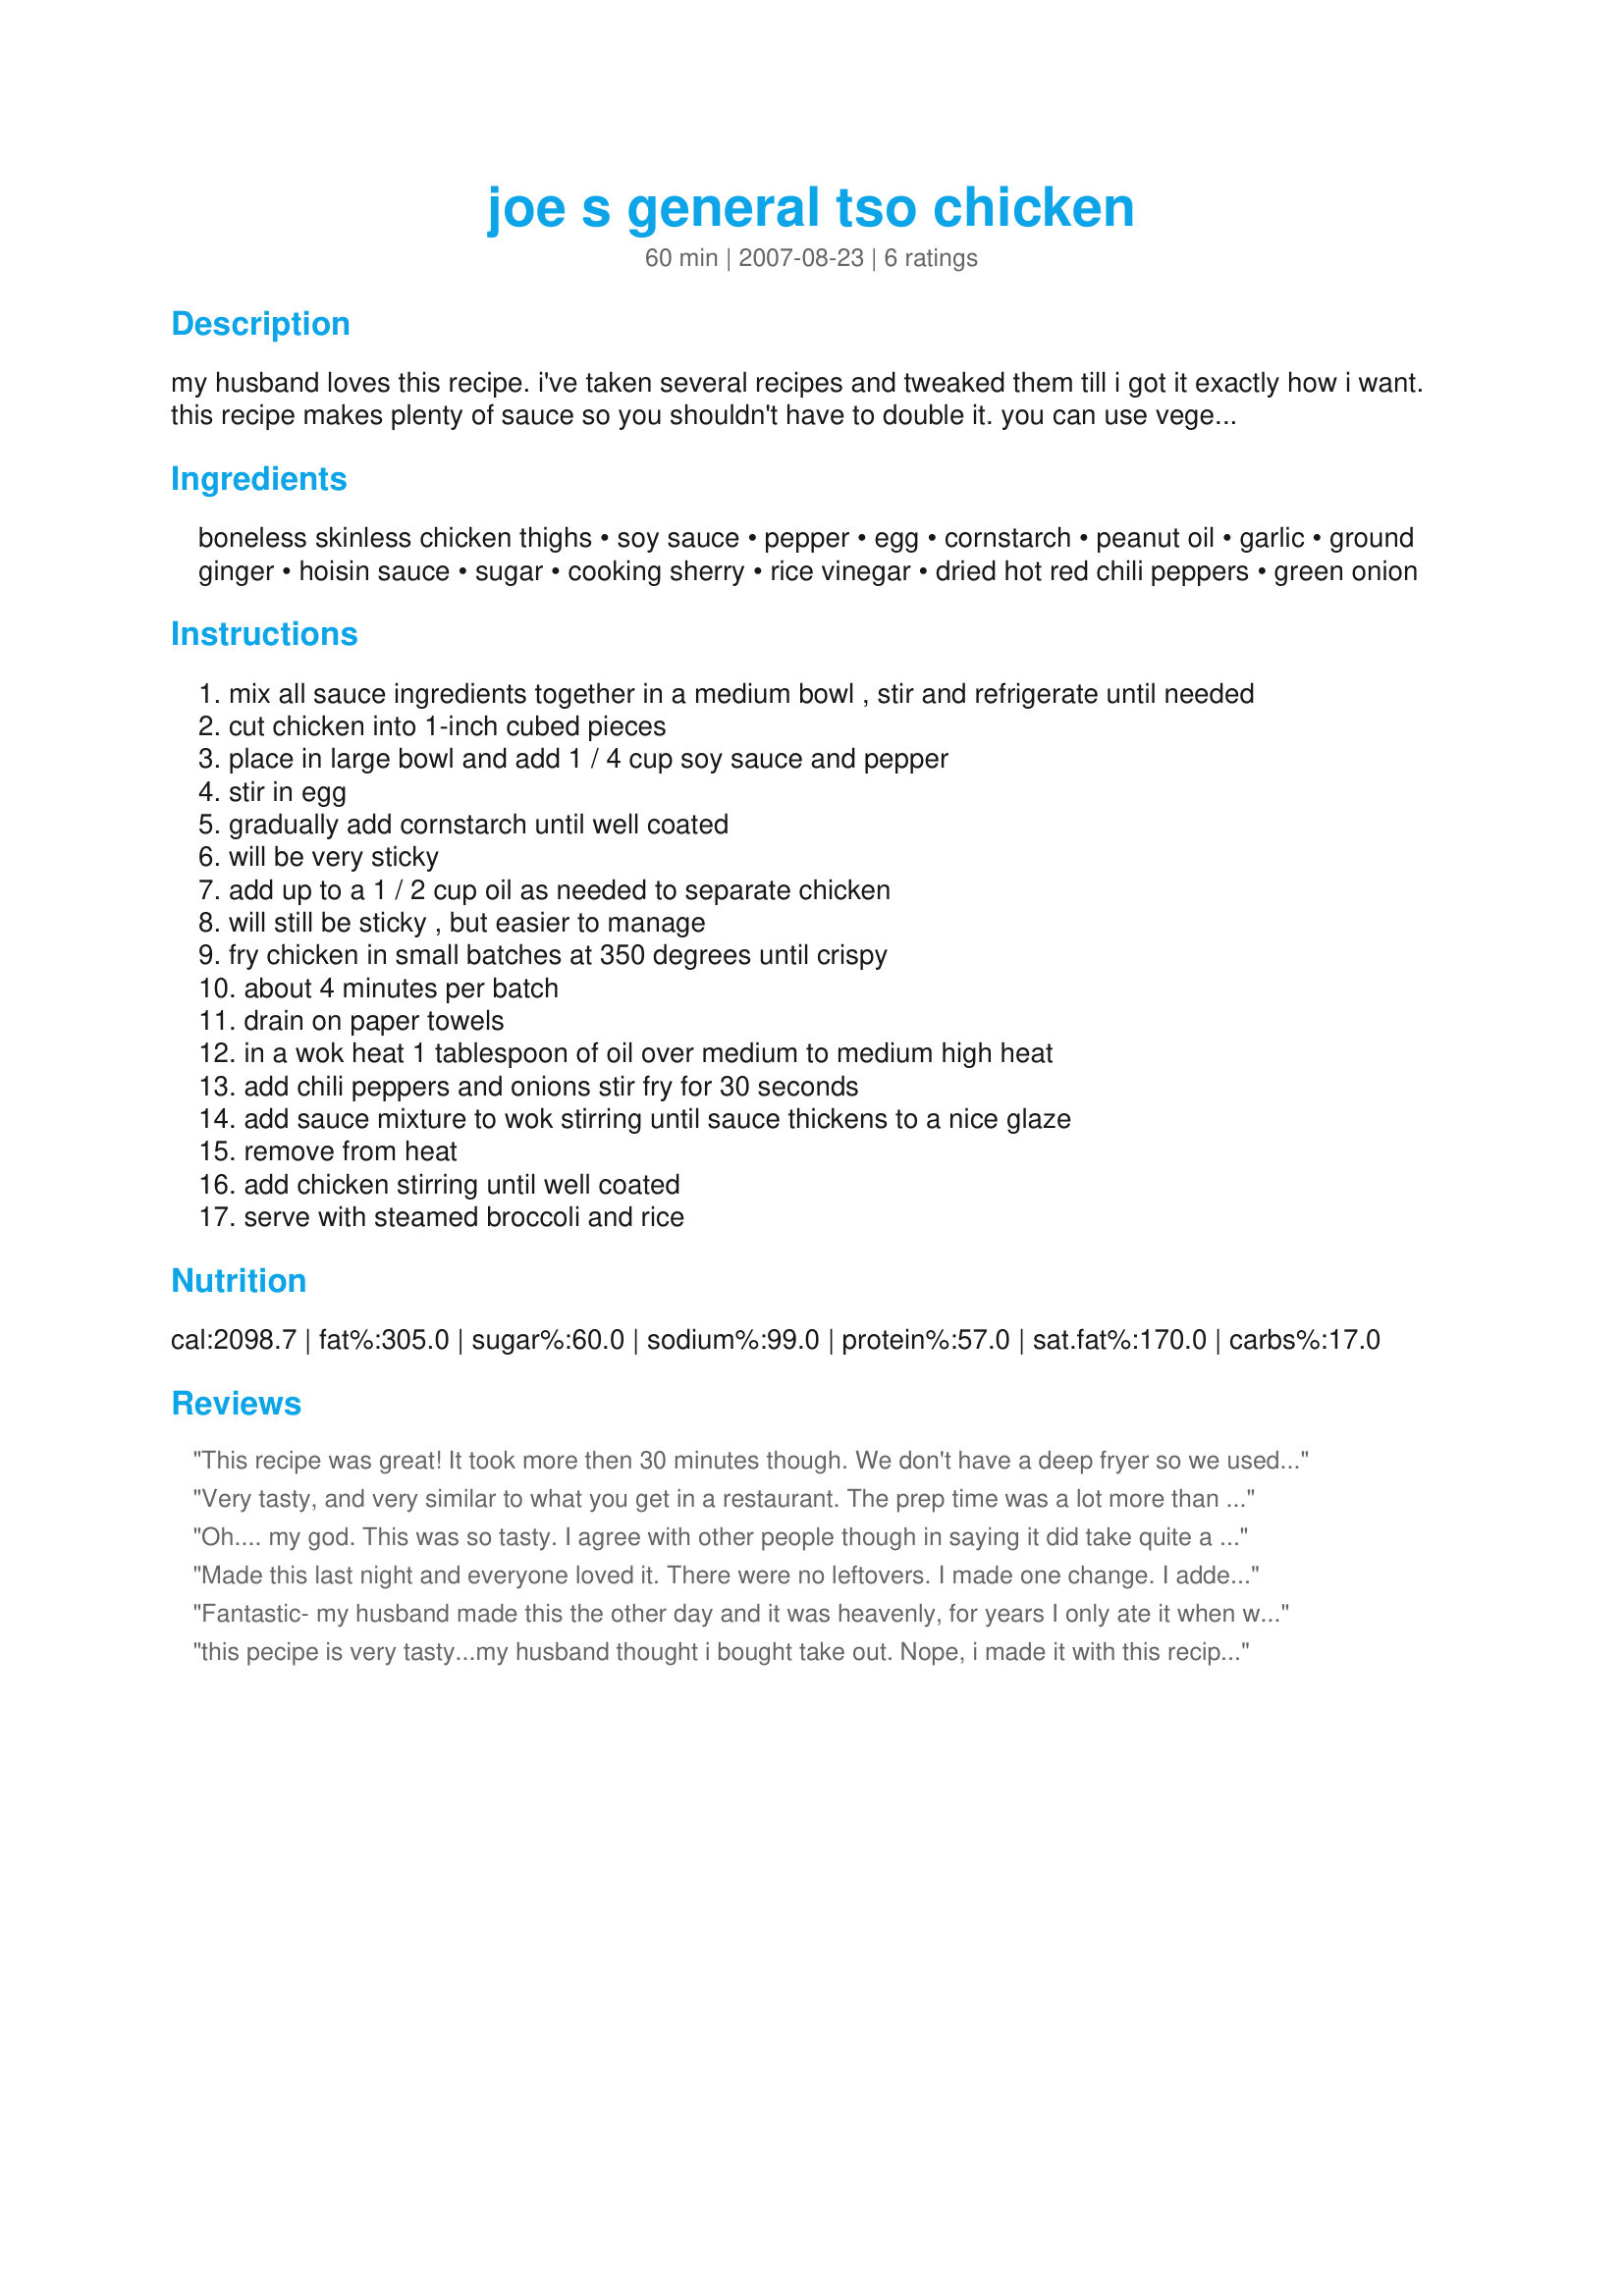
joe s general tso chicken
Preparation time: 60 minutes

my husband loves this recipe. i've taken several recipes and tweaked them till i got it exactly how i want. this recipe makes plenty of sauce so you shouldn't have to double it. you can use vegetable oil in the recipe, but i think peanut oil makes it taste much better.

Ingredients:
boneless skinless chicken thighs, soy sauce, pepper, egg, cornstarch, peanut oil, garlic, ground ginger, hoisin sauce, sugar, cooking sherry, rice vinegar, dried hot red chili peppers, green onion

Steps:
mix all sauce ingredients together in a medium bowl , stir and refrigerate until needed
cut chicken into 1-inch cubed pieces
place in large bowl and add 1 / 4 cup soy sauce and pepper
stir in egg
gradually add cornstarch until well coated
will be very sticky
add up to a 1 / 2 cup oil as needed to separate chicken
will still be sticky , but easier to manage
fry chicken in small batches at 350 degrees until crispy
about 4 minutes per batch
drain on paper towels
in a wok heat 1 tablespoon of oil over medium to medium high heat
add chili peppers and onions stir fry for 30 seconds
add sauce mixture to wok stirring until sauce thickens to a nice glaze
remove from heat
add chicken stirring until well coated
serve with steamed broccoli and rice

Reviews:
This recipe was great! It took more then 30 minutes though. We don't have a deep fryer so we used a skillet instead.<br/><br/>Also, we didn't have hoisin sauce, so we substituted Mandarin Orange Sauce, added sesame seeds at end and it turned into General Gao's Chicken, though less sweet then the restaurants and better ingredients. I would also use lots of fresh ginger and more garlic, but that's just me.
Very tasty, and very similar to what you get in a restaurant. The prep time was a lot more than 1/2 hour, but for a fancy dinner it was well worth it. I served it with rice, egg foo yung, and egg rolls - every bite got eaten!
Oh.... my god. This was so tasty. I agree with other people though in saying it did take quite a bit longer than 30 minutes. It was well worth it though. Plus i didn't have hoisin sauce. I used duck sauce instead.
Made this last night and everyone loved it. There were no leftovers. I made one change. I added a few pieces of orange peel at the same time the garlic and ginger were added to the oil. It gave the recipe that hint of citrus you get in the restaurant dish.
Fantastic- my husband made this the other day and it was heavenly, for years I only ate it when we went to the States, now we can have it all the time. I will however want to tweak it a bit and reduce the amount of hoisin in the recipe but other than that it was great.
this pecipe is very tasty...my husband thought i bought take out. Nope, i made it with this recipe...loved it
